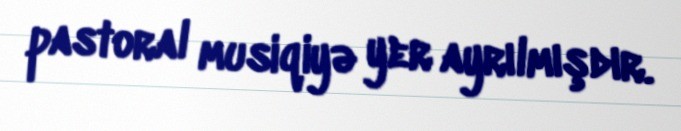
pastoral musiqiyə yer ayrılmışdır.